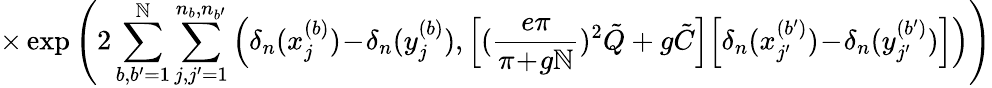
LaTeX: \times\exp\left(2\sum_{b,b^{\prime}=1}^{\mathbb{N}}\sum_{j,j^{\prime}=1}^{n_{b},n_{b^{\prime}}}\Big(\delta_{n}(x_{j}^{(b)})\! -\! \delta_{n}(y_{j}^{(b)}),\Big[(\frac{{e\pi}}{{\pi\! +\! g\mathbb{N}}})^{2}\tilde{{Q}}+g\tilde{{C}}\Big]\Big[\delta_{n}(x_{j^{\prime}}^{(b^{\prime})})\! -\! \delta_{n}(y_{j^{\prime}}^{(b^{\prime})})\Big]\Big)\right)